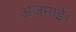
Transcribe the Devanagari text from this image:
अजमाई।